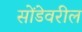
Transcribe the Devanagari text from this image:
सोंडेवरील